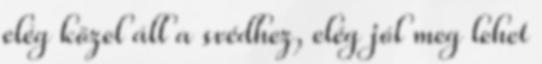
elég közel áll a svédhez, elég jól meg lehet